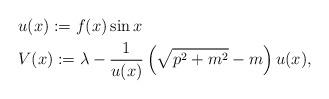
LaTeX: \begin{align*} & u(x) := f(x) \sin x \\ & V(x) := \lambda - \frac{1}{u(x)}\left(\sqrt{p^2+m^2}-m\right) u(x), \end{align*}